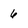
Character: 6